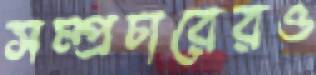
সম্প্রচারেরও